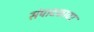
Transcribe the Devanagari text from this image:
संपादकावर